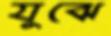
যুঝে